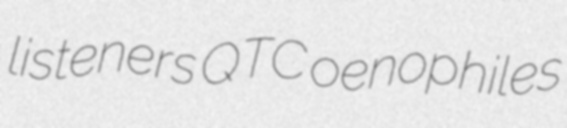
listeners QTC oenophiles